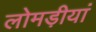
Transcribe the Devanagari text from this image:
लोमड़ीयां